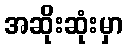
အဆိုးဆုံးမှာ